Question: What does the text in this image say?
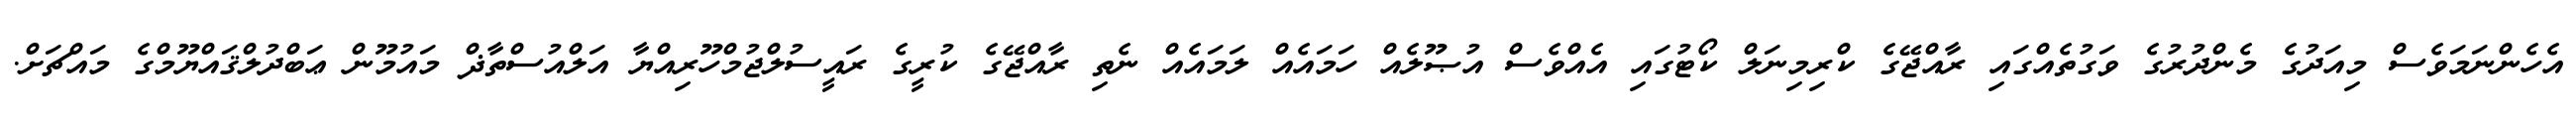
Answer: އެހެންނަމަވެސް މިއަދުގެ މެންދުރުގެ ވަގުތެއްގައި ރާއްޖޭގެ ކްރިމިނަލް ކޯޓުގައި އެއްވެސް އުޞޫލެއް ހަމައެއް ލަމައެއް ނެތި ރާއްޖޭގެ ކުރީގެ ރައީސުލްޖުމްހޫރިއްޔާ އަލްއުސްތާޛް މައުމޫން ޢަބްދުލްޤައްޔޫމްގެ މައްޗަށް.